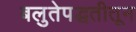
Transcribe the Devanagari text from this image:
बलुतेपद्धतीतून